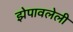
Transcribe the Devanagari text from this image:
झेपावलेली